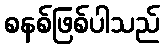
စနစ်ဖြစ်ပါသည်